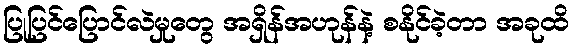
ပြုပြင်ပြောင်လဲမှုတွေ အရှိန်အဟုန်နဲ့ စနိုင်ခဲ့တာ အခုထိ